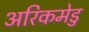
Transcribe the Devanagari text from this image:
अरिकमेडु